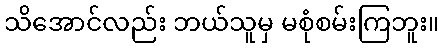
သိအောင်လည်း ဘယ်သူမှ မစုံစမ်းကြဘူး။